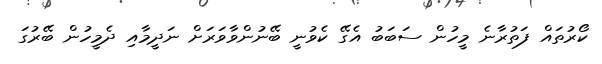
ކޯރުތައް ފަތުރާނެ މީހުން ސަބަބު އެގޭ ކެވުނީ ބޭނުންވާވަރަށް ނަދީމާއި ދެމީހުން ބޭރުގަ